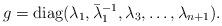
LaTeX: \begin{align*}g=\mathrm{diag}(\lambda_1, \bar \lambda_1^{-1}, \lambda_3, \ldots, \lambda_{n+1}).\end{align*}